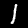
Label: 1